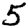
Digit: 5